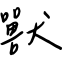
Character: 獸